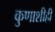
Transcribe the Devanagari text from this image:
कुणाशीही